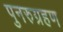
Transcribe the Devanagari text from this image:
पुनरुग्रहण